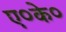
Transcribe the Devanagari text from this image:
ए०के०